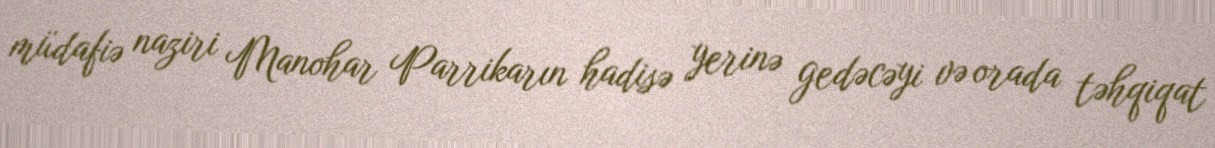
müdafiə naziri Manohar Parrikarın hadisə yerinə gedəcəyi və orada təhqiqat